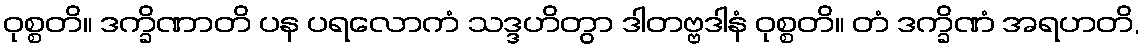
ဝုစ္စတိ။ ဒက္ခိဏာတိ ပန ပရလောကံ သဒ္ဒဟိတွာ ဒါတဗ္ဗဒါနံ ဝုစ္စတိ။ တံ ဒက္ခိဏံ အရဟတိ,